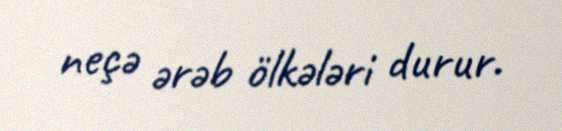
neçə ərəb ölkələri durur.